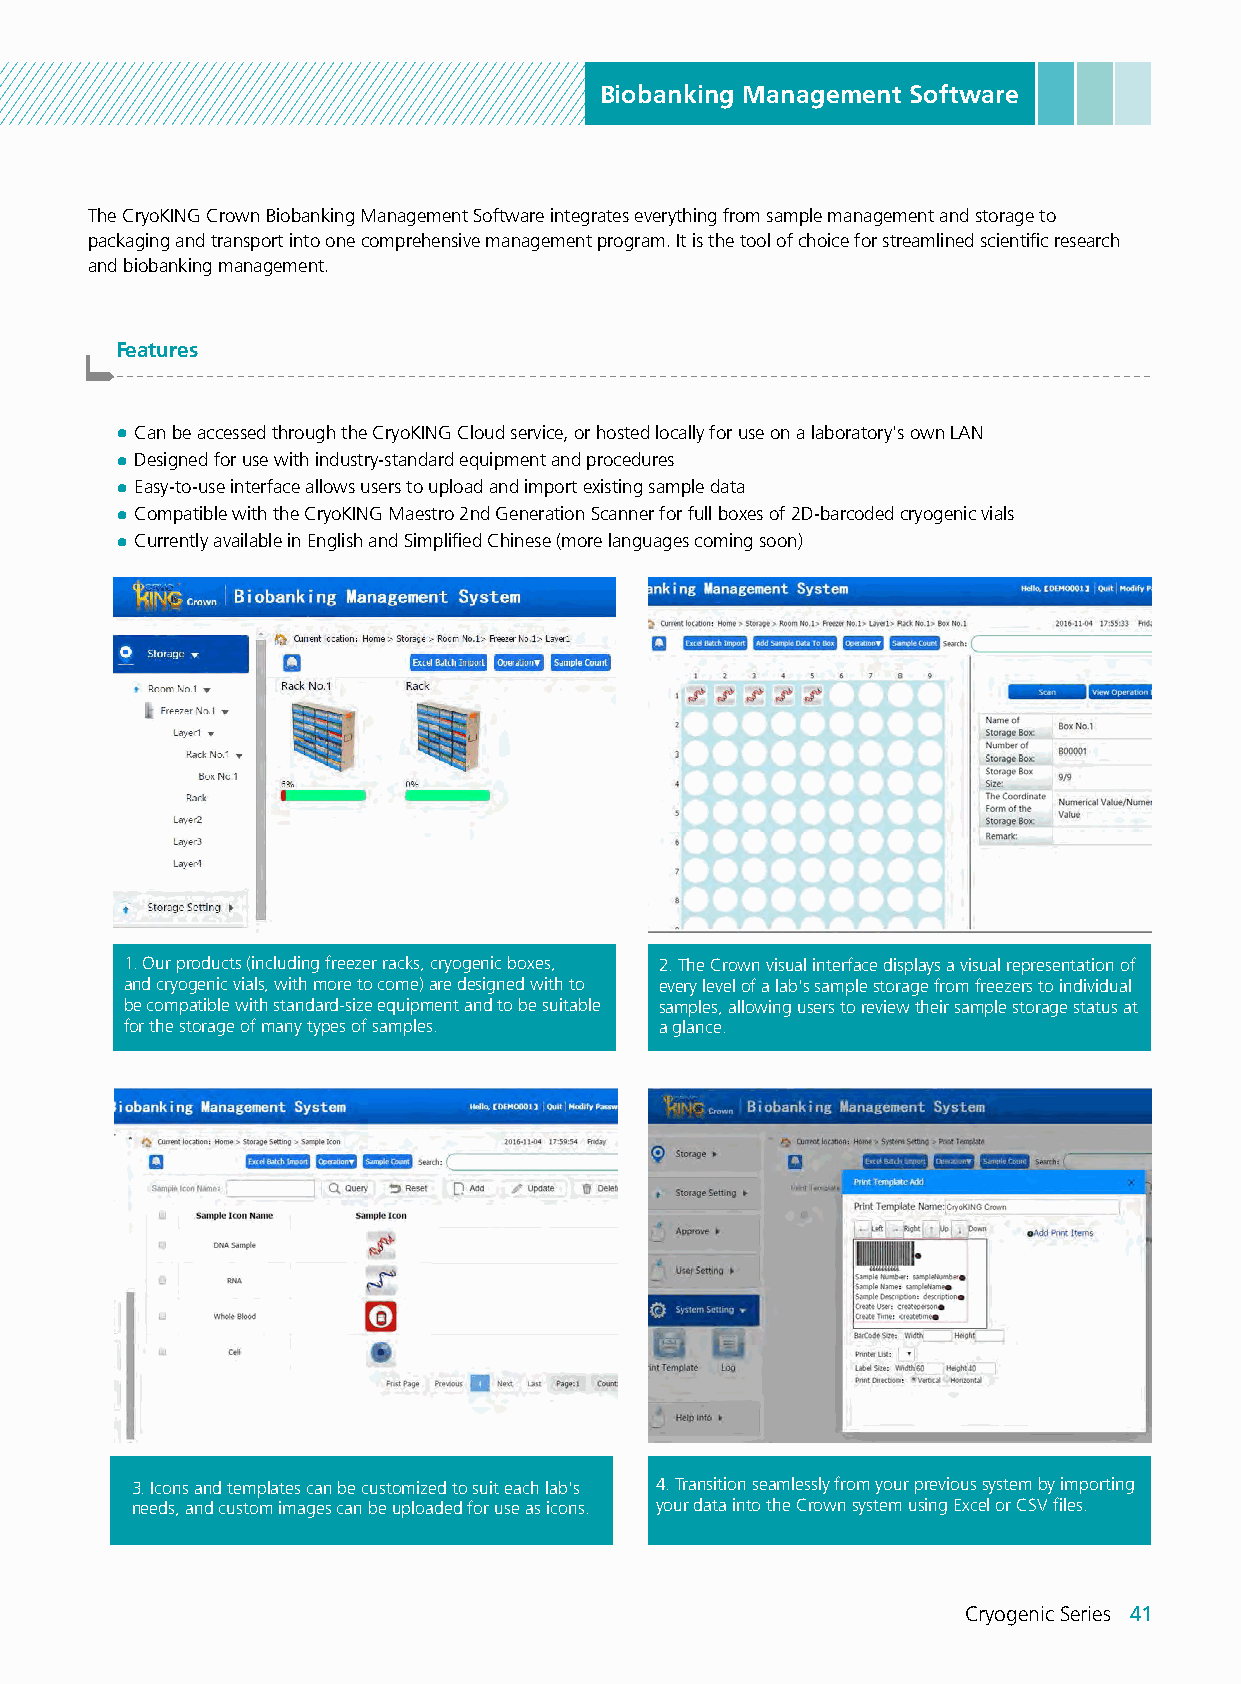
Biobanking Management Software
 The CryoKING Crown Biobanking Management Software integrates everything from sample management and storage to
 packaging and transport into one comprehensive management program. It is the tool of choice for streamlined scientific research
 and biobanking management.
 Features
 -------------------------------------------------------------------------------------------------------
 ● Can be accessed through the CryoKING Cloud service, or hosted locally for use on a laboratory's own LAN
 ● Designed for use with industry-standard equipment and procedures
 ● Easy-to-use interface allows users to upload and import existing sample data
 ● Compatible with the CryoKING Maestro 2nd Generation Scanner for full boxes of 2D-barcoded cryogenic vials
 ● Currently available in English and Simplified Chinese (more languages coming soon)
 1. Our products (including freezer racks, cryogenic boxes, 2. The Crown visual interface displays a visual representation of
 and cryogenic vials, with more to come) are designed with to every level of a lab's sample storage from freezers to individual
 be compatible with standard-size equipment and to be suitable samples, allowing users to review their sample storage status at
 for the storage of many types of samples. a glance.
 3. Icons and templates can be customized to suit each lab's 4. Transition seamlessly from your previous system by importing
 needs, and custom images can be uploaded for use as icons. your data into the Crown system using Excel or CSV files.
 Cryogenic Series 41